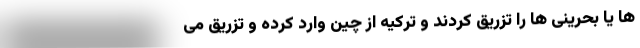
ها یا بحرینی ها را تزریق کردند و ترکیه از چین وارد کرده و تزریق می